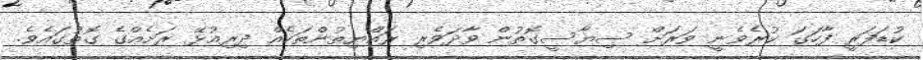
ކުޑަފަރީ ފާހަގަ ކުރެވެނީ ވަރަށް ސިޔާސީގޮތުން ވާދަވެރި ރައްޔިތުންތަކެއް ދިރިއުޅޭ ރަށެއްގެ ގޮތުގައެވެ.